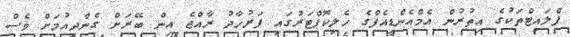
ފްލައިޓްތަކުގެ އިތުރުން އެމްއެންޑީއެފްގެ ހެލިކޮޕްޓަރުގައި ފަރުހާދު ރާއްޖެ އިން ބޭރަށް ގެންދިއުމަށް ވެސް